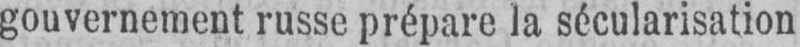
gouvernement russe prépare la sécularisation